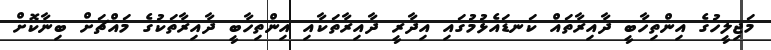
މަޖިލީހުގެ އިންތިހާބީ ދާއިރާތައް ކަނޑައެޅުމުގައި އިދާރީ ދާއިރާތަކާއި އިންތިހާބީ ދާއިރާތަކުގެ މައްޗަށް ބިނާކޮށް